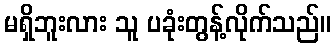
မရှိဘူးလား သူ ပခုံးတွန့်လိုက်သည်။